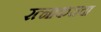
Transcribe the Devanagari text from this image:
रत्नाकराचा